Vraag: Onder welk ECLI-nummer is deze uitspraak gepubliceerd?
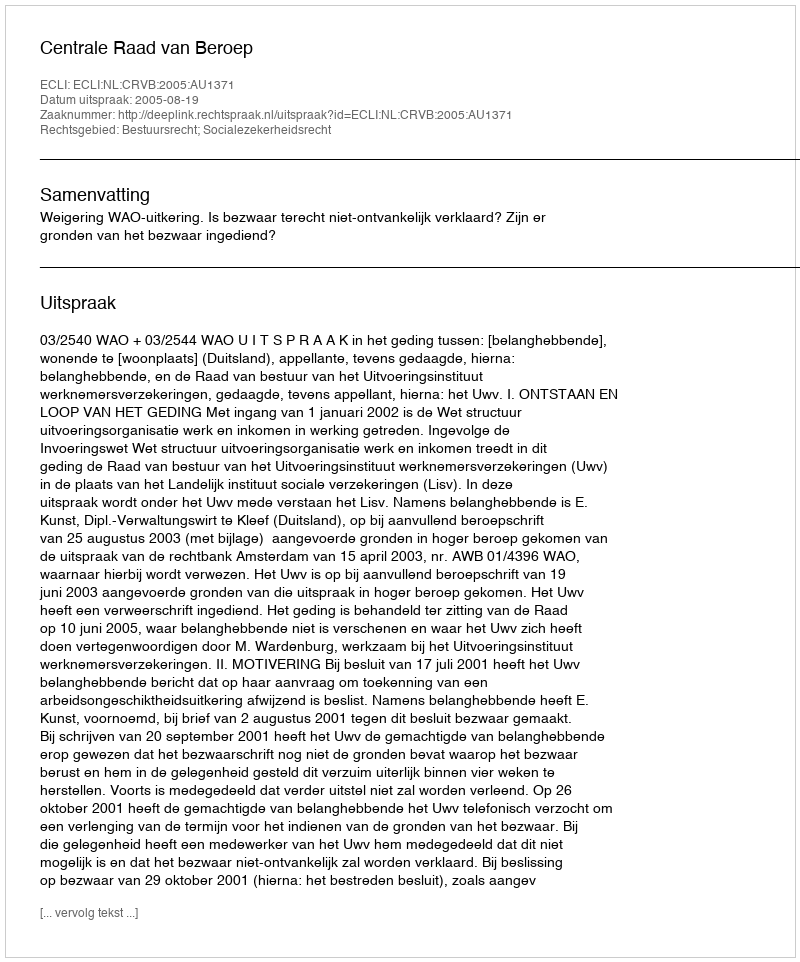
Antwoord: ECLI:NL:CRVB:2005:AU1371